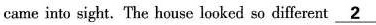
came into sight. The house looked so different \underline{2}